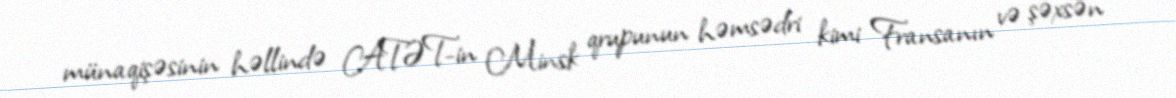
münaqişəsinin həllində ATƏT-in Minsk qrupunun həmsədri kimi Fransanın və şəxsən